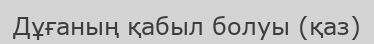
Дұғаның қабыл болуы (қаз)